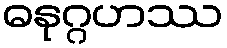
ဓနုဂ္ဂဟဿ